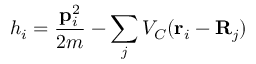
h _ { i } = \frac { { \bf p } _ { i } ^ { 2 } } { 2 m } - \sum _ { j } V _ { C } ( { \bf r } _ { i } - { \bf R } _ { j } )